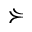
\curlyeqsucc